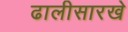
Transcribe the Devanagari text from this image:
ढालीसारखे